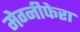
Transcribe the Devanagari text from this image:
मेग्‍नीफेरा